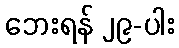
ဘေးရန် ၂၉-ပါး